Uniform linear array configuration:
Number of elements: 16
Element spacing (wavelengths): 0.25
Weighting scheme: cosine
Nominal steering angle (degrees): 0
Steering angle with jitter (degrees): -0.03318
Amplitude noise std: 0.05
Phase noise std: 0.05

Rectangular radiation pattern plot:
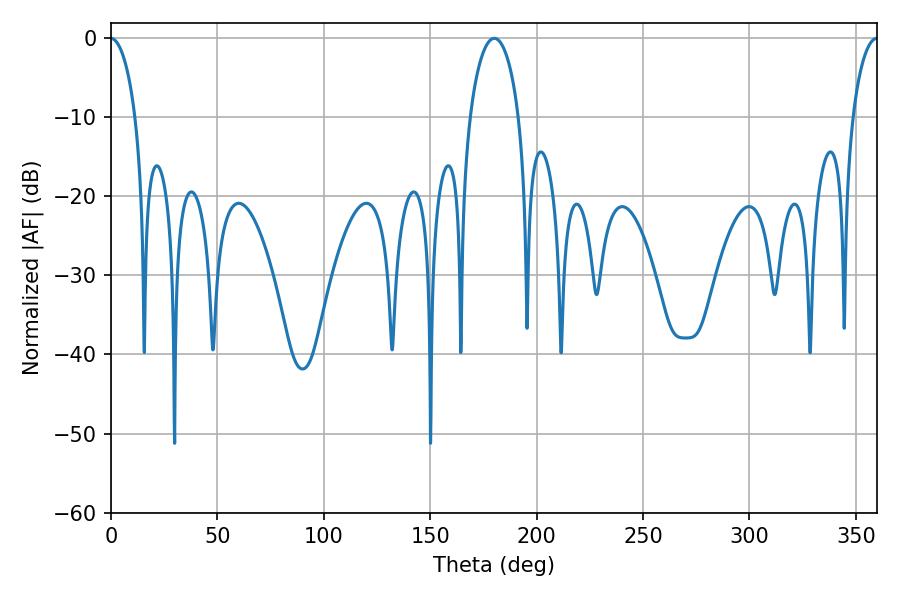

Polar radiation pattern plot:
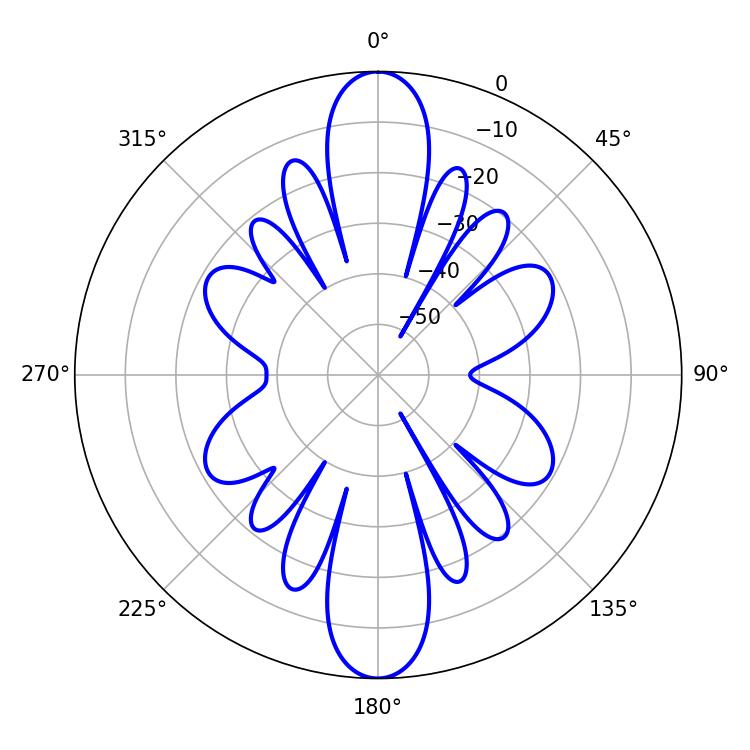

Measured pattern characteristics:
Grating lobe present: FALSE
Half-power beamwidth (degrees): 13.14
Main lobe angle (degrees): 180.18